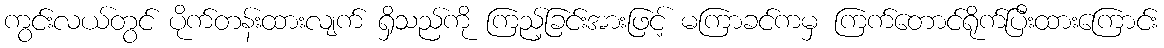
ကွင်းလယ်တွင် ပိုက်တန်းထားလျက် ရှိသည်ကို ကြည့်ခြင်းအားဖြင့် မကြာခင်ကမှ ကြက်တောင်ရိုက်ပြီးထားကြောင်း